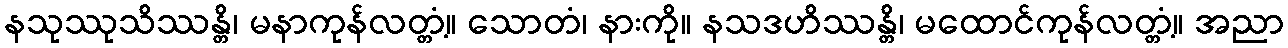
နသုဿုသိဿန္တိ၊ မနာကုန်လတ္တံ့။ သောတံ၊ နားကို။ နသဒဟိဿန္တိ၊ မထောင်ကုန်လတ္တံ့။ အညာ